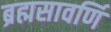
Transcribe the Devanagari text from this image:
ब्रह्मसावर्णि